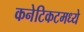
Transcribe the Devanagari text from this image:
कनेटिकटमध्ये